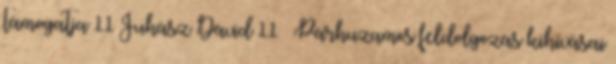
támogatja 11 Juhász Dávid 11 Párhuzamos feldolgozás kihívásai